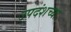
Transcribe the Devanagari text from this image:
उपदंशच्या